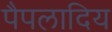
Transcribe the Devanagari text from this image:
पैपलादिय